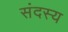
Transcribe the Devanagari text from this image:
संदस्य